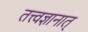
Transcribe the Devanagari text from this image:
तत्त्वज्ञानात्